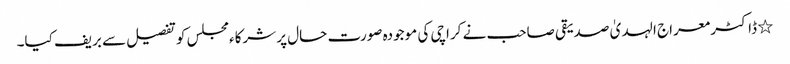
٭	ڈاکٹر معراج الہدیٰ صدیقی صاحب نے کراچی کی موجودہ صورت حال پر شرکاءمجلس کو تفصیل سے بریف کیا۔